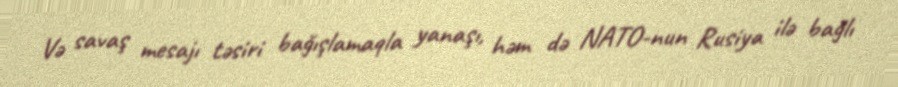
Və savaş mesajı təsiri bağışlamaqla yanaşı, həm də NATO-nun Rusiya ilə bağlı